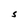
Character: S